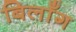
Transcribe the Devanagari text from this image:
बिलाँग